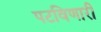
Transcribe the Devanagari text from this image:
पटविणारी